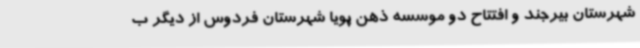
شهرستان بیرجند و افتتاح دو موسسه ذهن پویا شهرستان فردوس از دیگر ب